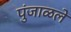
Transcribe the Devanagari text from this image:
पुंजाळले